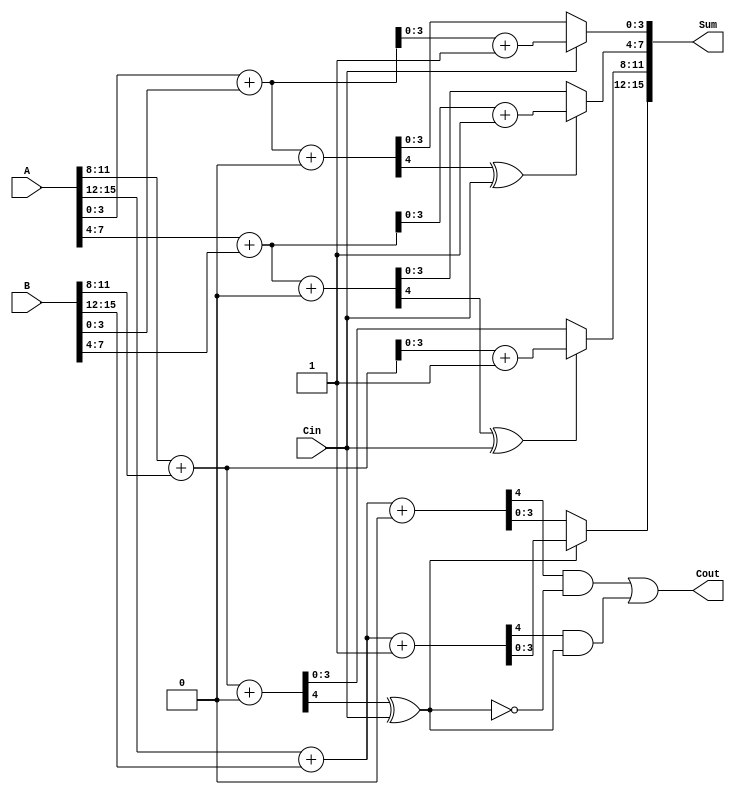
module DynamicCarrySelectAdder #(parameter N = 16, // Total bits
                                 parameter M = 4)  // Block size
(
    input  [N-1:0] A,      // First operand
    input  [N-1:0] B,      // Second operand
    input         Cin,      // Carry input
    output [N-1:0] Sum,     // Sum output
    output        Cout      // Carry output
);

    localparam NUM_BLOCKS = N / M;

    wire [M-1:0] sum0[0:NUM_BLOCKS-1]; // Sum if carry-in is 0
    wire [M-1:0] sum1[0:NUM_BLOCKS-1]; // Sum if carry-in is 1
    wire       carry_out0[0:NUM_BLOCKS-1]; // Carry-out if carry-in is 0
    wire       carry_out1[0:NUM_BLOCKS-1]; // Carry-out if carry-in is 1
    wire       carry_select[0:NUM_BLOCKS-1]; // Carry select line

    // Generate sums and carries for each block
    genvar i;
    generate
        for (i = 0; i < NUM_BLOCKS; i = i + 1) begin : block
            wire [M-1:0] A_block = A[M*i +: M];
            wire [M-1:0] B_block = B[M*i +: M];

            // Sum and Carry for carry-in = 0
            assign {carry_out0[i], sum0[i]} = A_block + B_block + 1'b0;
            // Sum and Carry for carry-in = 1
            assign {carry_out1[i], sum1[i]} = A_block + B_block + 1'b1;

            // Select carry based on previous carry
            if (i > 0) begin
                assign carry_select[i] = carry_out0[i-1] ^ Cin;
            end else begin
                assign carry_select[i] = Cin;
            end
        end
    endgenerate

    // Final carry-out
    assign Cout = carry_out0[NUM_BLOCKS-1] & ~carry_select[NUM_BLOCKS-1] |
                  carry_out1[NUM_BLOCKS-1] & carry_select[NUM_BLOCKS-1];

    // Construct final sum based on carry selection
    generate
        for (i = 0; i < NUM_BLOCKS; i = i + 1) begin : sum_select
            assign Sum[M*i +: M] = carry_select[i] ? sum1[i] : sum0[i];
        end
    endgenerate

endmodule